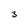
Character: 3